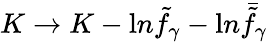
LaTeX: K\rightarrow K-{\mathrm{l}n}{\tilde{f}}_{\gamma}-{\mathrm{l}n}{\bar{\tilde{f}}_{\gamma}}